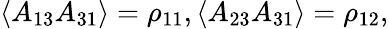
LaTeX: \left\langle A_{13}A_{31}\right\rangle=\rho_{11},\left\langle A_{23}A_{31}\right\rangle=\rho_{12},